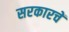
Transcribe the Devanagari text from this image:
सरकारचें